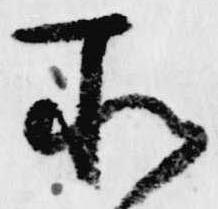
所